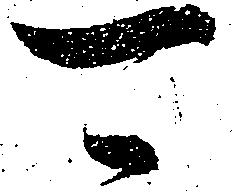
可